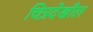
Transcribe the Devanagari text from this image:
चित्रदेखील